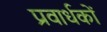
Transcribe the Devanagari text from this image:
प्रवार्धकों